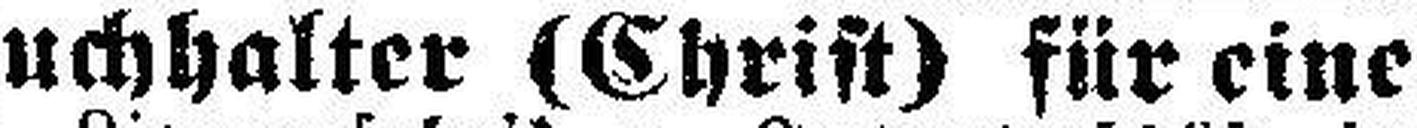
Buchhalter (Christ) für eine